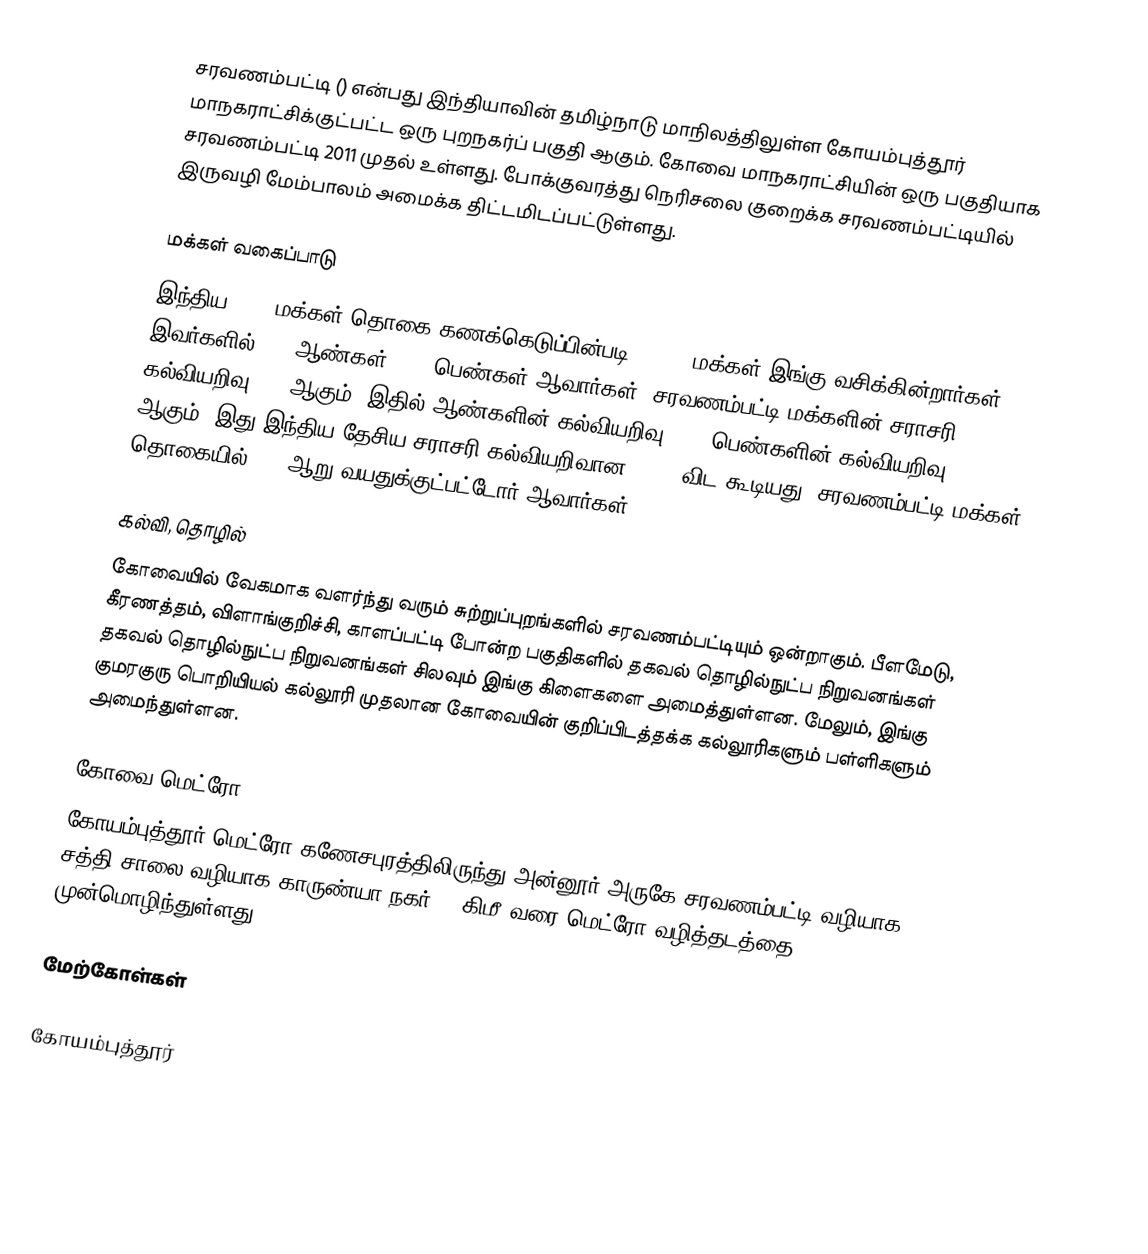
சரவணம்பட்டி () என்பது இந்தியாவின் தமிழ்நாடு மாநிலத்திலுள்ள கோயம்புத்தூர் மாநகராட்சிக்குட்பட்ட ஒரு புறநகர்ப் பகுதி ஆகும். கோவை மாநகராட்சியின் ஒரு பகுதியாக சரவணம்பட்டி 2011 முதல் உள்ளது. போக்குவரத்து நெரிசலை குறைக்க சரவணம்பட்டியில் இருவழி மேம்பாலம் அமைக்க திட்டமிடப்பட்டுள்ளது.

மக்கள் வகைப்பாடு
இந்திய 2001 மக்கள் தொகை கணக்கெடுப்பின்படி 17,643 மக்கள் இங்கு வசிக்கின்றார்கள். இவர்களில் 52% ஆண்கள், 48% பெண்கள் ஆவார்கள். சரவணம்பட்டி மக்களின் சராசரி கல்வியறிவு 78% ஆகும். இதில் ஆண்களின் கல்வியறிவு 83%,  பெண்களின் கல்வியறிவு 72% ஆகும். இது இந்திய தேசிய சராசரி கல்வியறிவான 59.5% விட கூடியது. சரவணம்பட்டி மக்கள் தொகையில் 10% ஆறு வயதுக்குட்பட்டோர் ஆவார்கள்.

கல்வி, தொழில்
கோவையில் வேகமாக வளர்ந்து வரும் சுற்றுப்புறங்களில் சரவணம்பட்டியும் ஒன்றாகும். பீளமேடு, கீரணத்தம், விளாங்குறிச்சி, காளப்பட்டி போன்ற பகுதிகளில் தகவல் தொழில்நுட்ப நிறுவனங்கள் தகவல் தொழில்நுட்ப நிறுவனங்கள் சிலவும் இங்கு கிளைகளை அமைத்துள்ளன. மேலும், இங்கு குமரகுரு பொறியியல் கல்லூரி முதலான கோவையின் குறிப்பிடத்தக்க கல்லூரிகளும் பள்ளிகளும் அமைந்துள்ளன.

கோவை மெட்ரோ
கோயம்புத்தூர் மெட்ரோ கணேசபுரத்திலிருந்து அன்னூர் அருகே சரவணம்பட்டி வழியாக சத்தி சாலை வழியாக காருண்யா நகர் 44 கிமீ வரை மெட்ரோ வழித்தடத்தை முன்மொழிந்துள்ளது.

மேற்கோள்கள்

கோயம்புத்தூர்